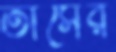
তাসের